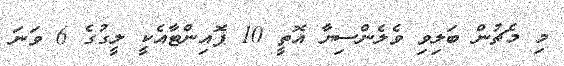
މި މެޗުން ބަލިވި ވެލެންސިޔާ އޮތީ 10 ޕޮއިންޓާއެކީ ލީގުގެ 6 ވަނަ